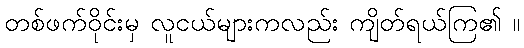
တစ်ဖက်ဝိုင်းမှ လူငယ်များကလည်း ကျိတ်ရယ်ကြ၏ ။